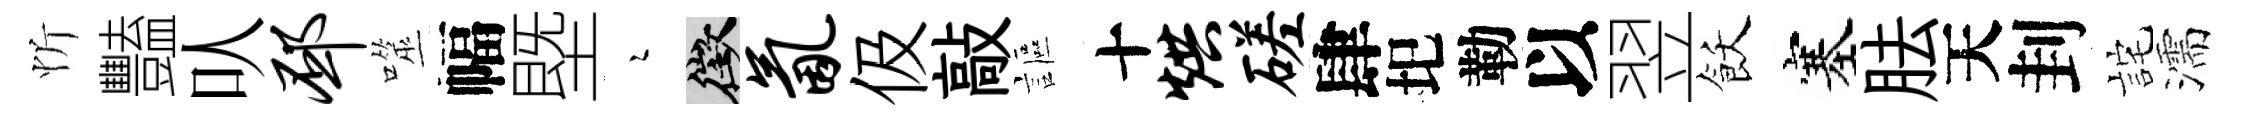
忻豔㕥邳噬幅塈瑟徵氤伋敲謳十烘磋肆圯勒以翌飫塞胠天刲詫濡